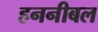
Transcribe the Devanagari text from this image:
हननीबल